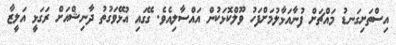
އިސްތަށިގަނޑު މައްޗަށް ފުނާއަޅާލުމަށްފަހު ވޫލްކޮޅަކުން އައްސާލިއެވެ. ގޭގައި އުޅޭވަގުތު ދާނިޝްއަށް ރަގަޅީ އަލީޒާ